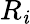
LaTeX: R_{\mathit{i}}